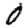
Digit: 0